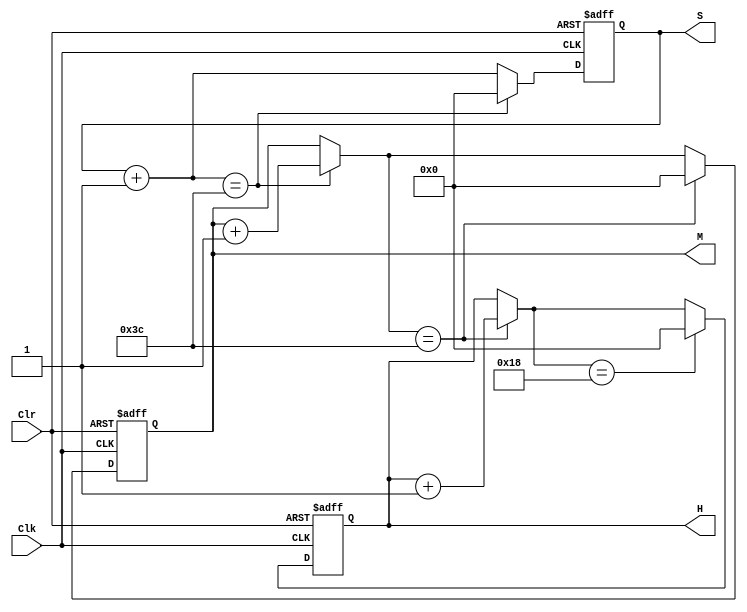
module Clock_Info(H,M,S,Clk,Clr);
input Clr,Clk;
output reg [5:0]H;
output reg [5:0]M;
output reg [5:0]S;

/*
initial
begin
	H = 5'd23;
	M = 6'd59;
	S = 6'd58;
end
*/
always@(posedge Clk or posedge Clr)
begin
if(Clr)
	begin
	H <= 6'b0;
	M <= 6'b0;
	S <= 6'b0;
	end
else
	begin
	S = S + 1;
	if(S == 6'd60)
	begin
		S = 6'b0;
		M = M +1;
	end
	if (M == 6'd60)
	begin
		M = 6'b0;
		H = H +1;
	end
	if(H == 6'd24)
		H = 6'b0;

	end
end
endmodule